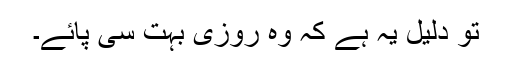
تو دلیل یہ ہے کہ وہ روزی بہت سی پائے۔